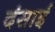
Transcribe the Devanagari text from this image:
दंसाई